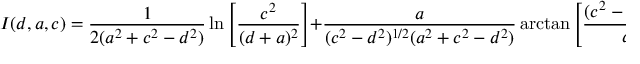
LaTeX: I ( d , a , c ) = { \frac { 1 } { 2 ( a ^ { 2 } + c ^ { 2 } - d ^ { 2 } ) } } \ln \left[ { \frac { c ^ { 2 } } { ( d + a ) ^ { 2 } } } \right] + { \frac { a } { ( c ^ { 2 } - d ^ { 2 } ) ^ { 1 / 2 } ( a ^ { 2 } + c ^ { 2 } - d ^ { 2 } ) } } \arctan \left[ \frac { ( c ^ { 2 } - d ^ { 2 } ) ^ { 1 / 2 } } { d } \right] .